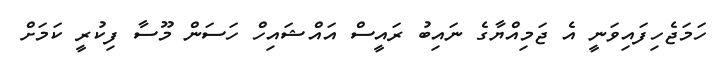
ހަމަޖެހިފައިވަނީ އެ ޖަމިއްޔާގެ ނައިބު ރައީސް އައްޝައިހް ހަސަން މޫސާ ފިކުރީ ކަމަށް